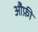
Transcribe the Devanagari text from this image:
औफ़ी